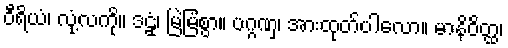
ဝီရိယံ၊ လုံ့လကို။ ဒဠှံ၊ မြဲမြံစွာ။ ပဂ္ဂဏှ၊ အားထုတ်ပါလော။ မာနိဝိတ္ထ၊